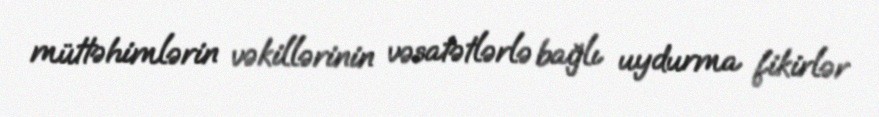
müttəhimlərin vəkillərinin vəsatətlərlə bağlı uydurma fikirlər